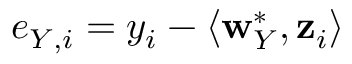
e _ { Y , i } = y _ { i } - \langle \mathbf { w } _ { Y } ^ { * } , \mathbf { z } _ { i } \rangle